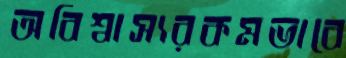
অবিশ্বাস্যরকমভাবে